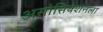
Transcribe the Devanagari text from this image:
असोसियेशनला